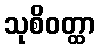
သုစိဝတ္ထာ